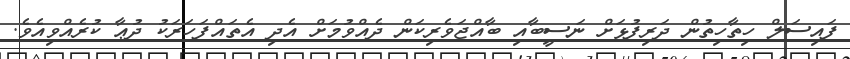
ފައިސަލް ހިތާހިތުން ދަރިފުޅަށް ނަސީބާއި ބާއްޖަވެރިކަން ދެއްވުމަށް އެދި އެތައްފަހަރަކު ދުޢާ ކުރެއްވިއެވެ.